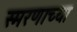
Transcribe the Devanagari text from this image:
स्मरणाच्या